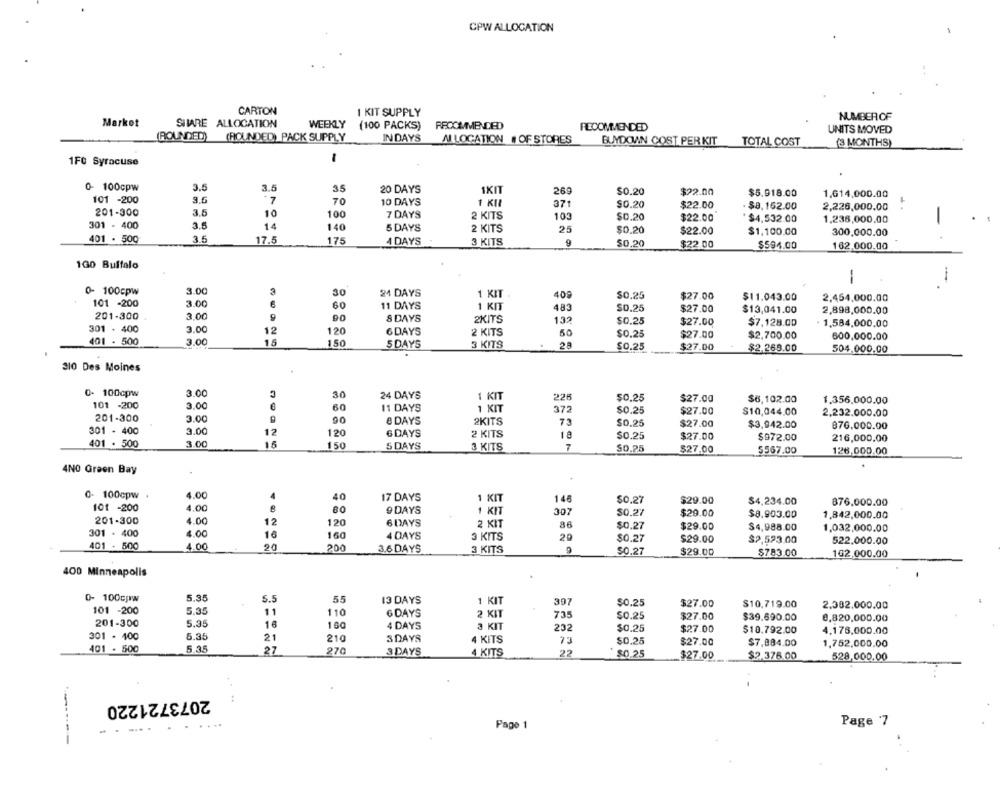
CPW ALLOCATION
CARTON
1 KIT SUPPLY
NUMBER OF
Market
SIIARE ALLOCATION
WEEKLY
(100 PACKS)
RECOMMENDED
UNITS MOVED
(ROUNDED) (ROUNDED) PACK SUPPLY
IN DAYS
AI LOCATION # OF STORES
BUYDOMAIN COST PER KIT
TOTAL COST
(3 MONTHS)
1FC Syracuse
0- 100cpw
3.5
3.5
35
20 DAYS
1KIT
$0.20
$22.00
9.6
269
$5.918.00
1.614,000.00
101 -200
7
70
10 DAYS
1 KII
371
$0.20
$22.00
$8,162.00
2,226,000.00
201-300
3.5
10
100
7 DAYS
2 KITS
103
$0.20
$22.00
$4,532.00
1,238,000.00
301 - 400
3.5
14
140
5 DAYS
2 KITS
25
$0.20
$22.00
$1,100.00
300,000.00
401 . 500
3.5
17.5
175
4 DAYS
3 KITS
9
$0.20
$22.00
$594.00
162,000.00
100 Buffalo
-
--
0- 100cpw
3.00
3
30
24 DAYS
1 KIT
408
3.00
$0.25
$27.00
$11.043.00
2,454,000.00
101 -200
60
11 DAYS
1 KIT
483
$0.25
$27.00
$13,041.00
201-300
3.00
2,898,000.00
& DAYS
2KITS
132
$0.25
$27.00
$7,128.00
1,584,000.00
301 . 400
3.00
12
120
6DAYS
2 KITS
50
401 . 500
$0.25
$27.00
$2,700.00
600,000.00
3.00
16
150
5 DAYS
3 KITS
$0.25
$27.00
$2.265.00
504,000,00
310 Des Moines
0- 100cpw
3.00
30
24 DAYS
1 KIT
225
101 -200
$0.25
$27.00
$6.102.00
1.356,000.00
3.00
60
11 DAYS
1 KIT
372
$0.25
$27.00
$10,044.00
2,232.000.00
201-300
3.00
90
8 DAYS
2KITS
73
$0.25
$27.00
$3,942.00
876.000.00
301 - 400
3.00
12
120
6 DAYS
2 KITS
1.ª
$0.25
$27.00
401 . 500
3.00
15
$972.00
216,000.00
150
5 DAYS
3 KITS
7
$0.25
$27.00
5567.00
126,000.00
4NO Green Bay
0- 100cpw
4.00
4
40
17 DAYS
1 KIT
4.00
146
$0.27
$29.00
$4,234.00
876,000.00
101 -200
9 DAYS
1 KIT
307
$0.27
$29.00
$8.903.00
1,842,000.00
201-300
4.00
12
120
6 DAYS
2 KIT
86
$0.27
$29.00
$4,988.00
1.032,000.00
301 - 400
4.00
16
160
4 DAYS
3 KITS
20
$0.27
$29.00
$2,523.00
401 . 500
4.00
200
522.000.00
20
3.6 DAYS
3 KITS
9
$0.27
$29.00
$783.00
162,000.00
400 Minneapolis
0- 100cw
5.35
5.5
55
13 DAYS
1 KIT
397
$0.25
$27.00
$10,719.00
2.382.000.00
101 -200
5.35
11
110
6 DAYS
2 KIT
735
$0.25
$27.00
$39.690.00
0,820,000.00
201-300
5.35
16
160
4 DAYS
3 KIT
232
$0.25
$27.00
$18.792.00
4,176,000.00
301 - 400
6.36
21
210
3DAYS
4 KITS
73
$0.25
$27.00
$7.884.00
401 . 500
5.35
27
1.752,000,00
270
3 DAYS
4 KITS
22
$0.25
$27.00
$2.376.00
528,000.00
2073721220
... .
. ..
Page 1
Page '7